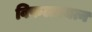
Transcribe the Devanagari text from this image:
विफलप्रयत्न